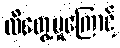
ထိတွေ့မှုကြောင့်